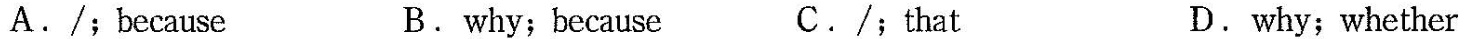
A. /;because B. why; because C. /;that D. why;whether